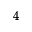
_ 4